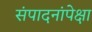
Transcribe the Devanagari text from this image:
संपादनांपेक्षा